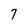
Character: 7